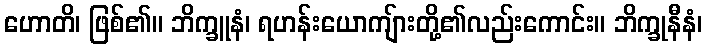
ဟောတိ၊ ဖြစ်၏။ ဘိက္ခူနံ၊ ရဟန်းယောကျ်ားတို့၏လည်းကောင်း။ ဘိက္ခုနီနံ၊